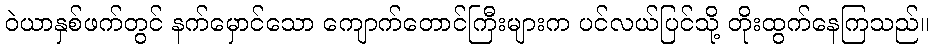
ဝဲယာနှစ်ဖက်တွင် နက်မှောင်သော ကျောက်တောင်ကြီးများက ပင်လယ်ပြင်သို့ တိုးထွက်နေကြသည်။